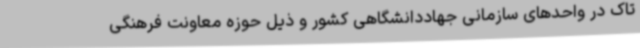
تاک در واحدهای سازمانی جهاددانشگاهی کشور و ذیل حوزه معاونت فرهنگی